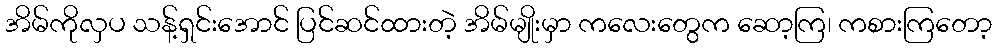
အိမ်ကိုလှပ သန့်ရှင်းအောင် ပြင်ဆင်ထားတဲ့ အိမ်မျိုးမှာ ကလေးတွေက ဆော့ကြ၊ ကစားကြတော့